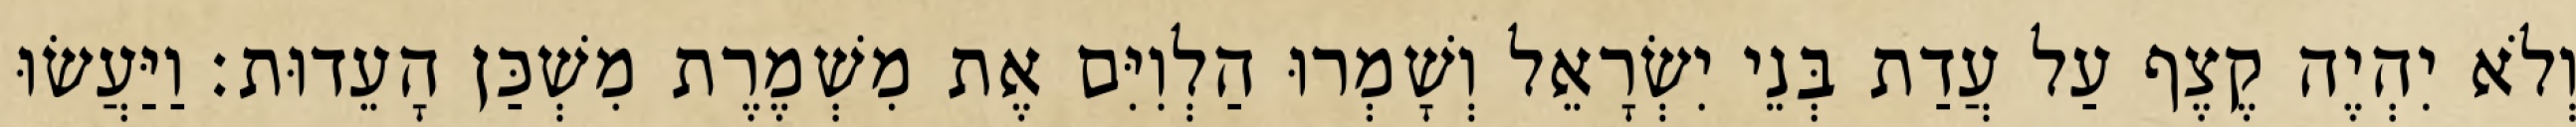
וְלֹא יִהְיֶה קֶצֶף עַל עֲדַת בְּנֵי יִשְׂרָאֵל וְשָׁמְרוּ הַלְוִיִּם אֶת מִשְׁמֶרֶת מִשְׁכַּן הָעֵדוּת׃ וַיַּעֲשׂוּ